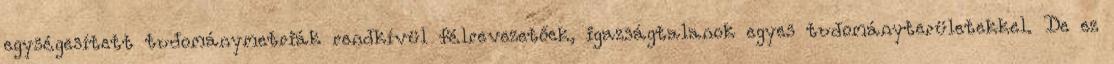
egységesített tudománymetriák rendkívül félrevezetőek, igazságtalanok egyes tudományterületekkel. De ez